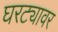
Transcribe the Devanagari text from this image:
घरट्यावर